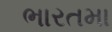
ભારતમા